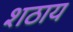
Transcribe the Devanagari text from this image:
शठाय